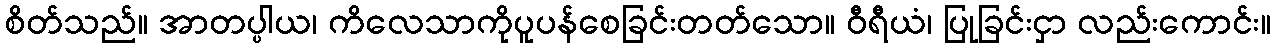
စိတ်သည်။ အာတပ္ပါယ၊ ကိလေသာကိုပူပန်စေခြင်းတတ်သော။ ဝီရီယံ၊ ပြုခြင်းငှာ လည်းကောင်း။